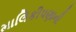
માલિકીપણાની